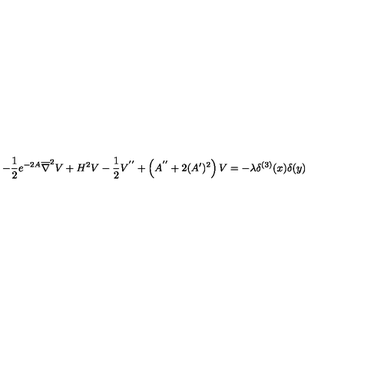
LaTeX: - \frac { 1 } { 2 } e ^ { - 2 A } \overline { { \nabla } } ^ { 2 } V + H ^ { 2 } V - \frac { 1 } { 2 } V ^ { ' ^ { \prime } } + \left( A ^ { ' ^ { \prime } } + 2 ( A ^ { \prime } ) ^ { 2 } \right) V = - \lambda \delta ^ { ( 3 ) } ( x ) \delta ( y )